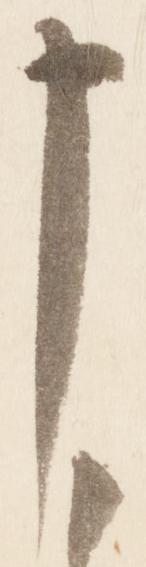
申